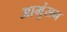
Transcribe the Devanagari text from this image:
आमुंसन